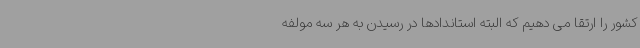
کشور را ارتقا می دهیم که البته استاندادها در رسیدن به هر سه مولفه